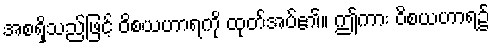
အစရှိသည်ဖြင့် ဝိစယဟာရကို ထုတ်အပ်၏။ ဤကား ဝိစယဟာရ၌